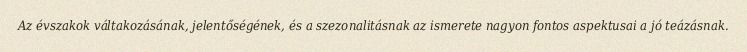
Az évszakok váltakozásának, jelentőségének, és a szezonalitásnak az ismerete nagyon fontos aspektusai a jó teázásnak.